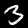
Label: 3